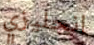
انجليزي